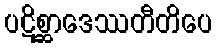
ပဋိစ္ဆာဒေဿတီတိပေ